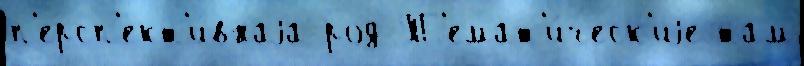
п'ерсп'ект'и́внаjа род Т'емат'и́ческ'иjе там